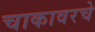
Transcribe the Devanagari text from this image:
चाकावरचे